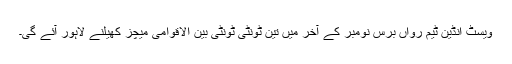
ویسٹ انڈین ٹیم رواں برس نومبر کے آخر میں تین ٹونٹی ٹونٹی بین الاقوامی میچز کھیلنے لاہور آئے گی۔